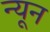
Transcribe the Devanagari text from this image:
न्‍यून